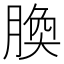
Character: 𦝝